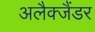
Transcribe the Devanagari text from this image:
अलैक्जैंडर